Dysentery and liver abscess in Bombay - Number 47
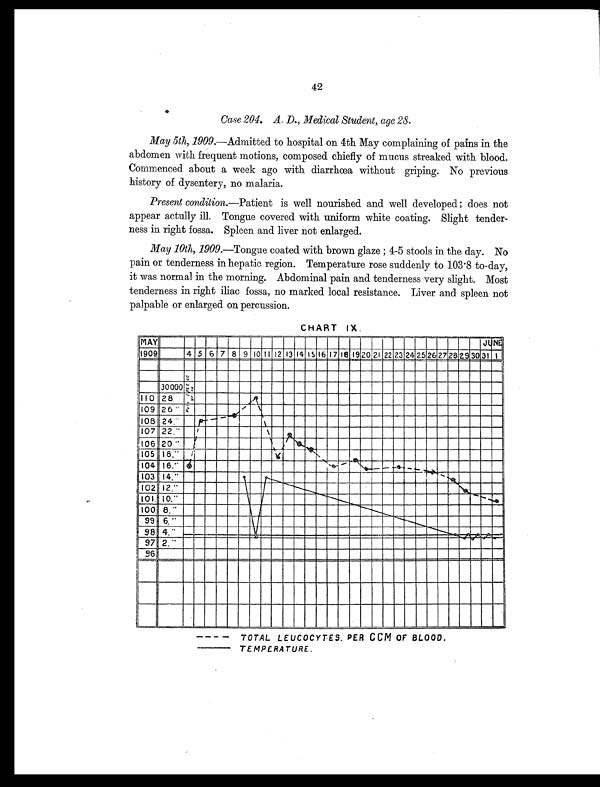
42
Case 204. A. D., Medical Student, age 28.
May 5th, 1909.—Admitted to hospital on 4th May complaining of pains in the
abdomen with frequent motions, composed chiefly of mucus streaked with blood.
Commenced about a week ago with diarrhœa without griping. No previous
history of dysentery, no malaria.
Present condition.—Patient is well nourished and well developed ; does not
appear actully ill. Tongue covered with uniform white coating. Slight tender-
ness in right fossa. Spleen and liver not enlarged.
May 10th, 1909. —Tongue coated with brown glaze ; 4-5 stools in the day. No
pain or tenderness in hepatic region. Temperature rose suddenly to 103.8 to-day,
it was normal in the morning. Abdominal pain and tenderness very slight. Most
tenderness in right iliac fossa, no marked local resistance. Liver and spleen not
palpable or enlarged on percussion.
CHART IX.